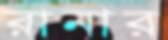
রানার